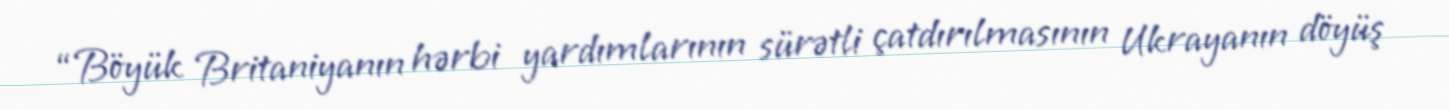
“Böyük Britaniyanın hərbi yardımlarının sürətli çatdırılmasının Ukrayanın döyüş